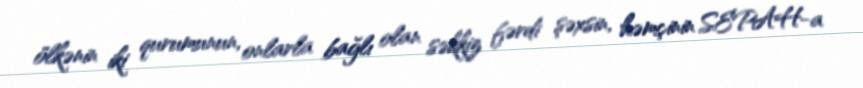
ölkənin iki qurumunun, onlarla bağlı olan səkkiz fərdi şəxsin, həmçinin SEPAH-a